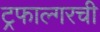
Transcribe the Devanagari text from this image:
ट्रफाल्गरची